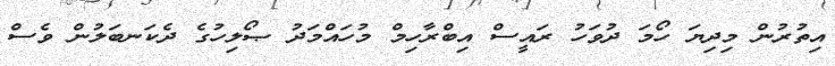
އިތުރުން މިދިޔަ ހޯމަ ދުވަހު ރައީސް އިބްރާހިމް މުހައްމަދު ޞޯލިހުގެ ދެކަނބަލުން ވެސް